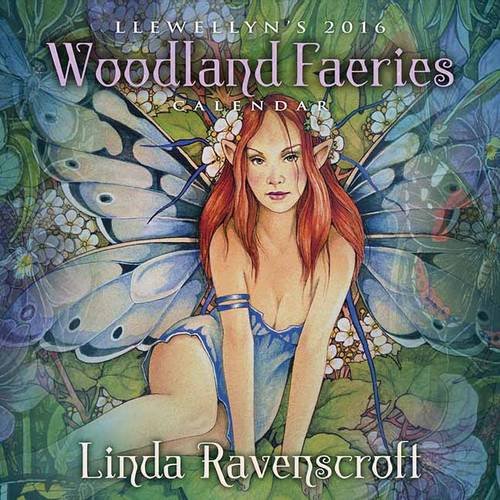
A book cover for Llewellyn's 2016 Woodland Faeries Calendar; Linda Ravenscroft; Calendars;